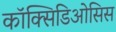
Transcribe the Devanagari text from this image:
कॉक्सिडिओसिस